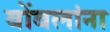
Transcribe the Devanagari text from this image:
बोंबलांना